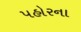
પહોરના